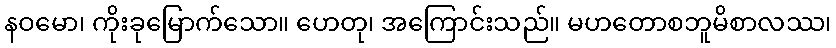
နဝမော၊ ကိုးခုမြောက်သော။ ဟေတု၊ အကြောင်းသည်။ မဟတောစဘူမိစာလဿ၊